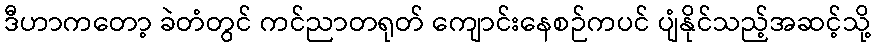
ဒီဟာကတော့ ခဲတံတွင် ကင်ညာတရုတ် ကျောင်းနေစဉ်ကပင် ပျံနိုင်သည့်အဆင့်သို့